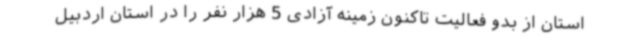
استان از بدو فعالیت تاکنون زمینه آزادی 5 هزار نفر را در استان اردبیل